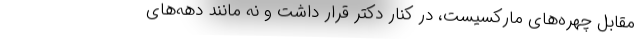
مقابل چهره‌های مارکسیست، در کنار دکتر قرار داشت و نه مانند دهه‌های